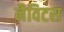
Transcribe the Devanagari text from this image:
नैविटस